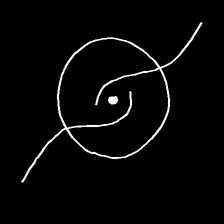
Glyph: repetition